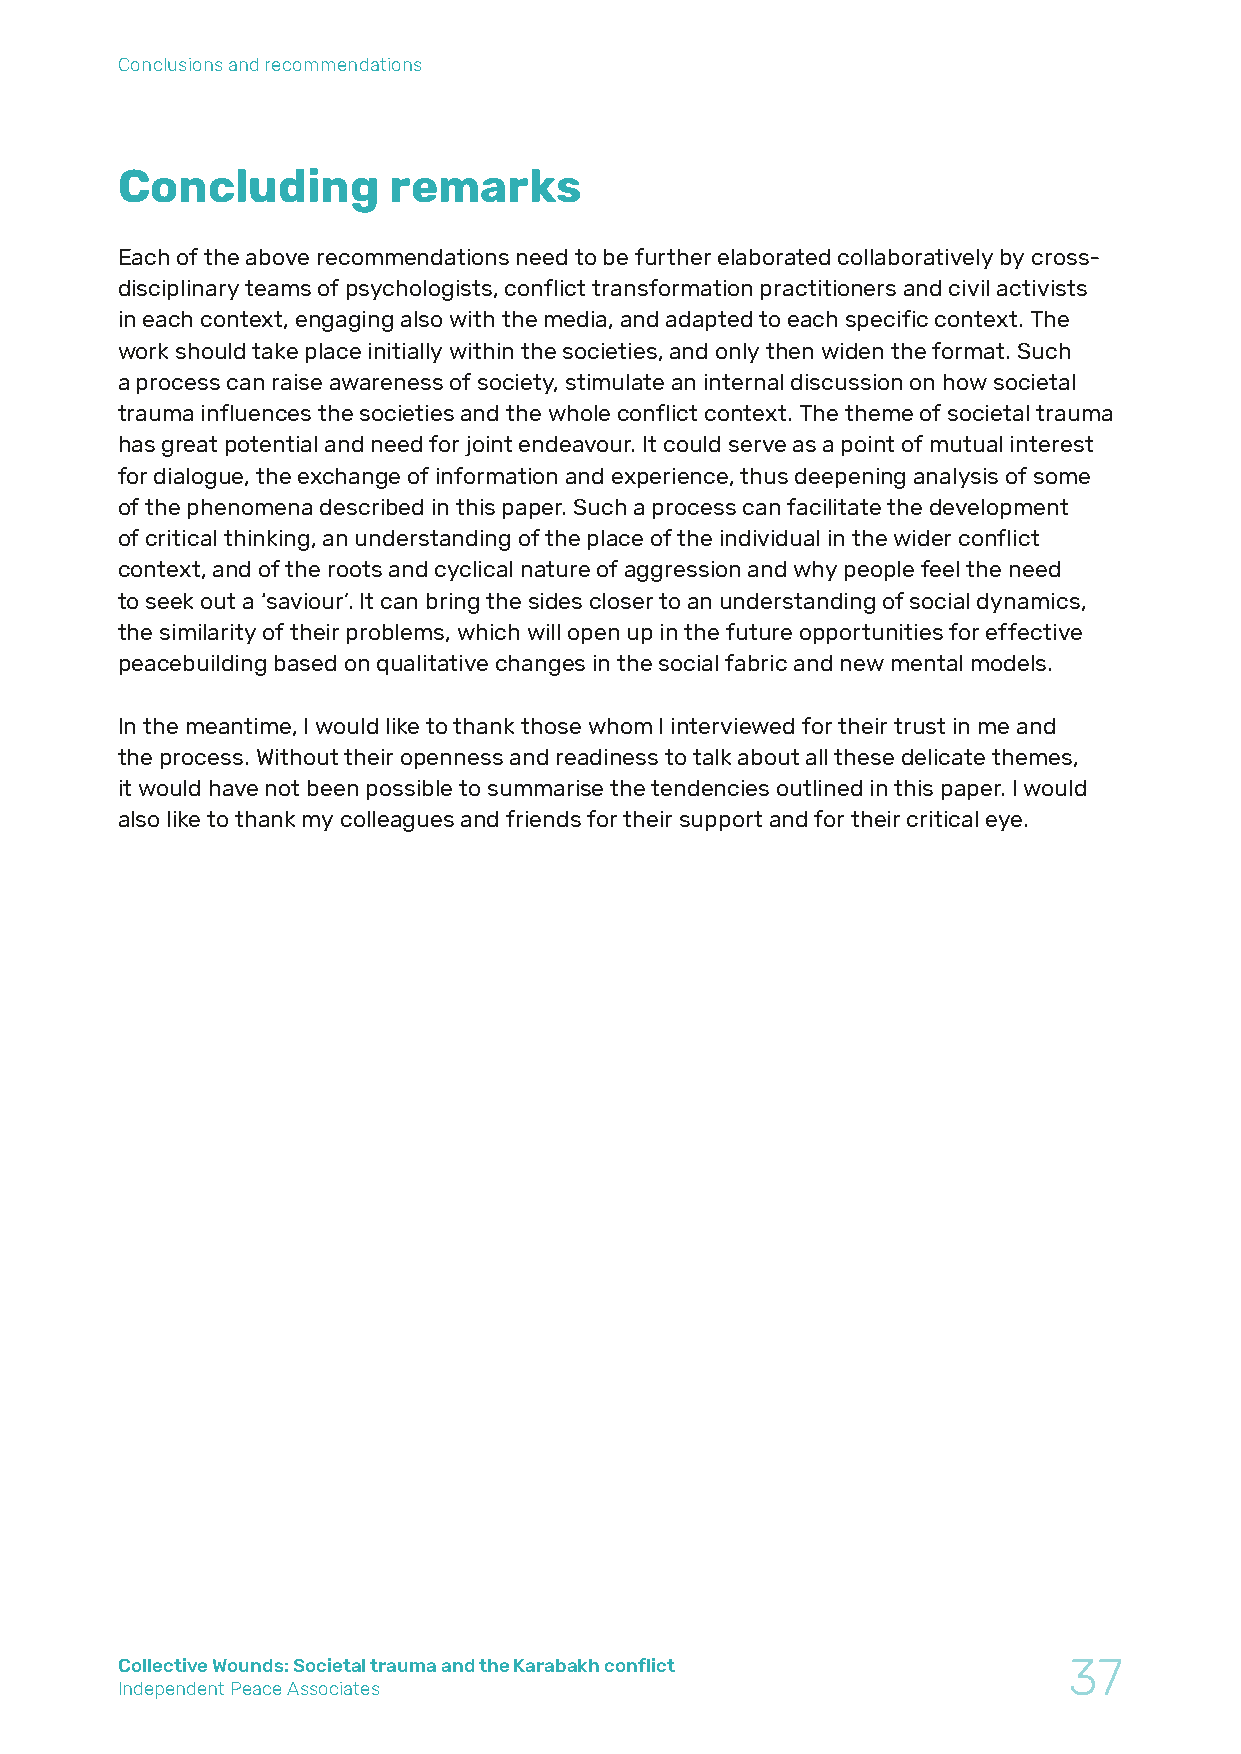
Conclusions and recommendations
 Concluding        remarks
 Each of the above recommendations need to be further elaborated collaboratively by cross-
 disciplinary teams of psychologists, conflict transformation practitioners and civil activists
 in each context, engaging also with the media, and adapted to each specific context. The
 work should take place initially within the societies, and only then widen the format. Such
 a process can raise awareness of society, stimulate an internal discussion on how societal
 trauma influences the societies and the whole conflict context. The theme of societal trauma
 has great potential and need for joint endeavour. It could serve as a point of mutual interest
 for dialogue, the exchange of information and experience, thus deepening analysis of some
 of the phenomena described in this paper. Such a process can facilitate the development
 of critical thinking, an understanding of the place of the individual in the wider conflict
 context, and of the roots and cyclical nature of aggression and why people feel the need
 to seek out a ‘saviour’. It can bring the sides closer to an understanding of social dynamics,
 the similarity of their problems, which will open up in the future opportunities for effective
 peacebuilding based on qualitative changes in the social fabric and new mental models.
 In the meantime, I would like to thank those whom I interviewed for their trust in me and
 the process. Without their openness and readiness to talk about all these delicate themes,
 it would have not been possible to summarise the tendencies outlined in this paper. I would
 also like to thank my colleagues and friends for their support and for their critical eye.
 Collective Wounds: Societal trauma and the Karabakh conflict   37
 Independent Peace Associates